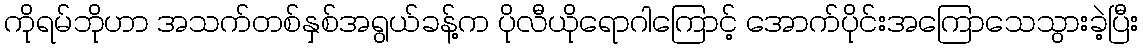
ကိုရမ်ဘိုဟာ အသက်တစ်နှစ်အရွယ်ခန့်က ပိုလီယိုရောဂါကြောင့် အောက်ပိုင်းအကြောသေသွားခဲ့ပြီး